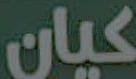
كيان